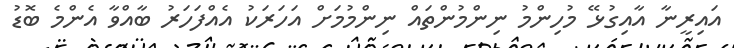
އައިރީނާ އާއިގުޅޭ މުހިންމު ނިންމުންތައް ނިންމުމަށް އަހަރަކު އެއްފަހަރު ބާއްވާ އެންމެ ބޮޑު